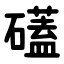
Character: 礚